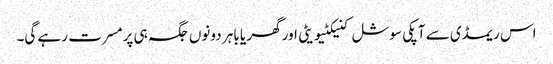
اس ریمڈی سے آپکی سوشل کنیکٹیویٹی اور گھر یا باہر دونوں جگہ ہی پرمسرت رہے گی۔